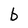
Character: b